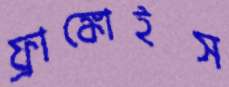
ফ্রাঙ্কোইস